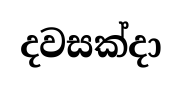
දවසක්දා